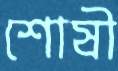
শোষী